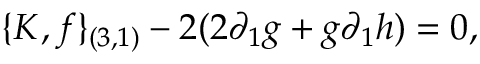
\{ K , f \} _ { ( 3 , 1 ) } - 2 ( 2 \partial _ { 1 } g + g \partial _ { 1 } h ) = 0 ,